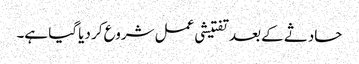
حادثے کے بعد تفتیشی عمل شروع کر دیا گیا ہے۔